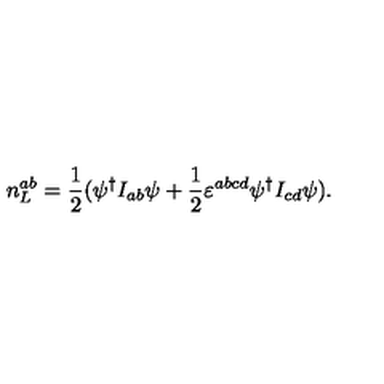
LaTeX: n _ { L } ^ { a b } = \frac 1 2 ( \psi ^ { \dagger } I _ { a b } \psi + \frac 1 2 \varepsilon ^ { a b c d } \psi ^ { \dagger } I _ { c d } \psi ) .